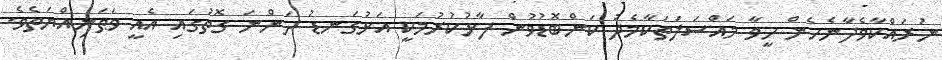
ނުރައްކާވެދާނެހެން ހީވާ މައްސަލަތަކާމެދު ކަންބޮޑުވުން ފާޅުކުރުމަކީ އަޅުގަނޑު ދަންނަ ގޮތުގައި އެއީ ވަޠަނިއްޔަތެވެ.